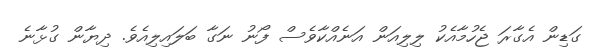
ގަޑިން އެގާރަ ޖެހުމާއެކު ލިލިއަން އަނެއްކާވެސް ފޯނު ނަގާ ބަލައިލިއެވެ. ދިޔާން ގުޅާނެ